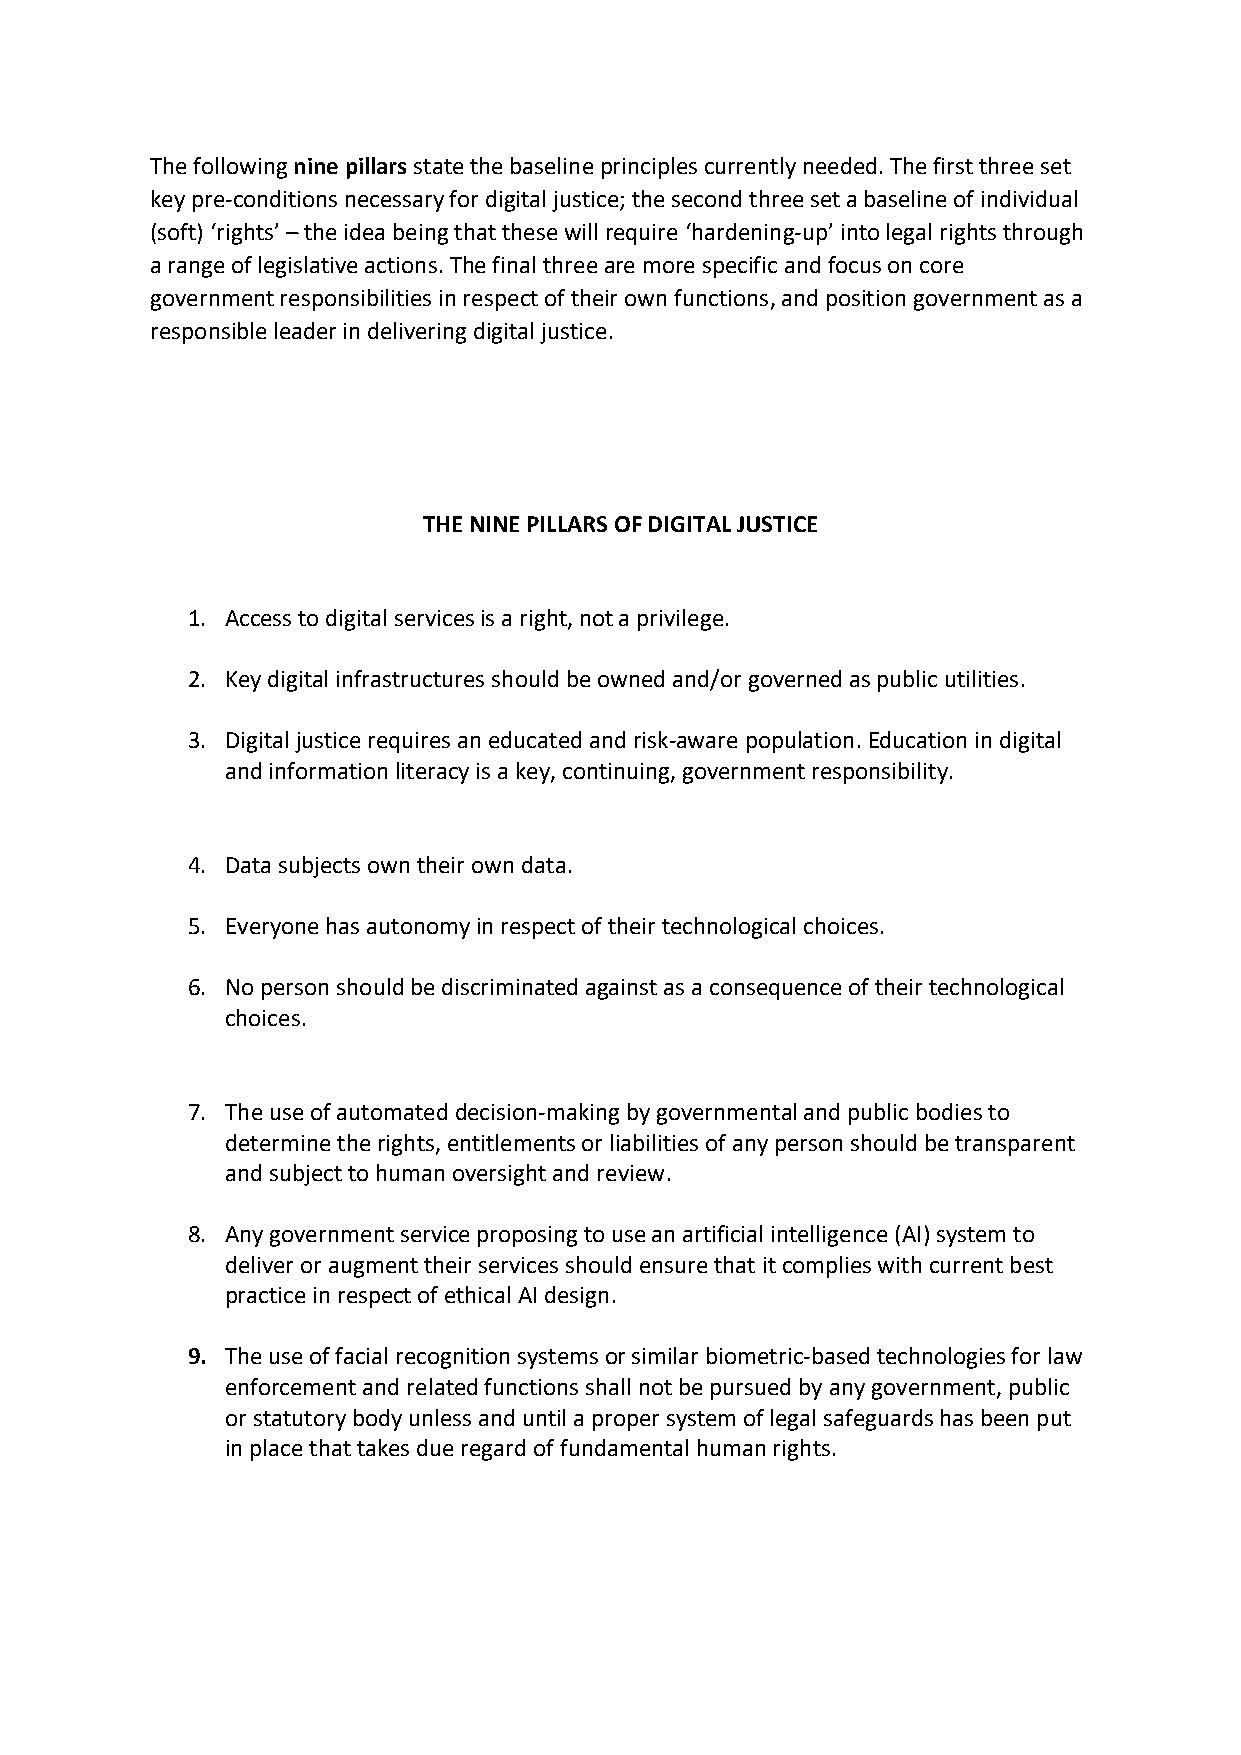
The following nine pillars state the baseline principles currently needed. The first three set
 key pre-conditions necessary for digital justice; the second three set a baseline of individual
 (soft) ‘rights’ – the idea being that these will require ‘hardening-up’ into legal rights through
 a range of legislative actions. The final three are more specific and focus on core
 government responsibilities in respect of their own functions, and position government as a
 responsible leader in delivering digital justice.
 THE NINE PILLARS OF DIGITAL JUSTICE
 1. Access to digital services is a right, not a privilege.
 2. Key digital infrastructures should be owned and/or governed as public utilities.
 3. Digital justice requires an educated and risk-aware population. Education in digital
 and information literacy is a key, continuing, government responsibility.
 4. Data subjects own their own data.
 5. Everyone has autonomy in respect of their technological choices.
 6. No person should be discriminated against as a consequence of their technological
 choices.
 7. The use of automated decision-making by governmental and public bodies to
 determine the rights, entitlements or liabilities of any person should be transparent
 and subject to human oversight and review.
 8. Any government service proposing to use an artificial intelligence (AI) system to
 deliver or augment their services should ensure that it complies with current best
 practice in respect of ethical AI design.
 9. The use of facial recognition systems or similar biometric-based technologies for law
 enforcement and related functions shall not be pursued by any government, public
 or statutory body unless and until a proper system of legal safeguards has been put
 in place that takes due regard of fundamental human rights.